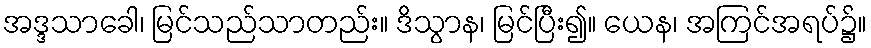
အဒ္ဒသာခေါ၊ မြင်သည်သာတည်း။ ဒိသွာန၊ မြင်ပြီး၍။ ယေန၊ အကြင်အရပ်၌။